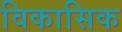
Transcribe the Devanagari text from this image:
विकासिक